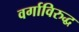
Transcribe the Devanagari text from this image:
वर्गाविरुद्ध